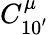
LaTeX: C_{10^{\prime}}^{\mu}